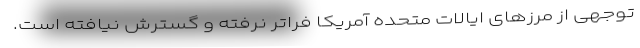
توجهی از مرزهای ایالات متحده آمریکا فراتر نرفته و گسترش نیافته است.